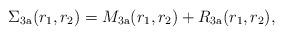
LaTeX: \begin{align*} \Sigma_{3 \text a}(r_1, r_2) = M_{3 \text a}(r_1, r_2) + R_{3 \text a}(r_1, r_2),\end{align*}